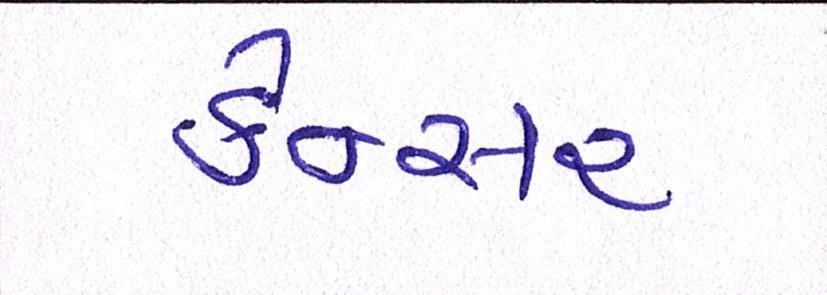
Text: કેન્સર